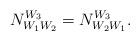
LaTeX: \begin{align*}N^{W_{3}}_{W_{1}W_{2}} = N^{W_{3}}_{W_{2}W_{1}}.\end{align*}